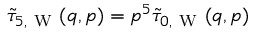
\tilde { \tau } _ { 5 , \mathrm { ~ W ~ } } ( q , p ) = p ^ { 5 } \tilde { \tau } _ { 0 , \mathrm { ~ W ~ } } ( q , p )